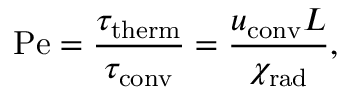
\mathrm { P e } = \frac { \tau _ { \mathrm { t h e r m } } } { \tau _ { \mathrm { c o n v } } } = \frac { u _ { \mathrm { c o n v } } L } { \chi _ { \mathrm { r a d } } } ,